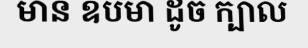
មាន ឧបមា ដូច ក្បាល